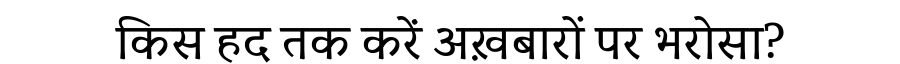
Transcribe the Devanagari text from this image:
किस हद तक करें अख़बारों पर भरोसा?